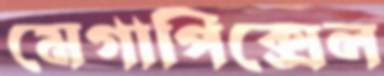
মেগাপিক্সেল